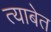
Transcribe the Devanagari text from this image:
त्याबेत